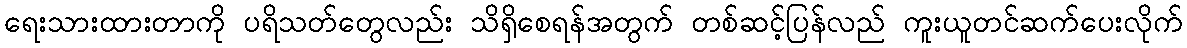
ရေးသားထားတာကို ပရိသတ်တွေလည်း သိရှိစေရန်အတွက် တစ်ဆင့်ပြန်လည် ကူးယူတင်ဆက်ပေးလိုက်